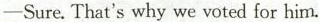
—Sure. That's why we voted for him.